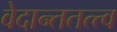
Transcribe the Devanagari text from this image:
वेदान्ततत्त्‍व